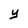
Character: y